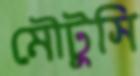
মৌটুসি